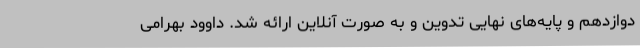
دوازدهم و پایه‌های نهایی تدوین و به صورت آنلاین ارائه شد. داوود بهرامی